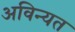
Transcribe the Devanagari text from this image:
अविन्यत